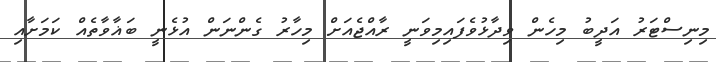
މިނިސްޓަރު އަދީބު މިހެން ވިދާޅުވެފައިމިވަނީ ރާއްޖެއަށް މިހާރު ގެންނަން އުޅެނީ ބަޣާވާތެއް ކަމަށާއި